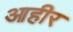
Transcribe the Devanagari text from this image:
आहीर